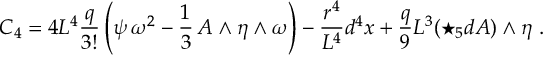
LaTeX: C _ { 4 } = 4 L ^ { 4 } \frac { q } { 3 ! } \left( \psi \, \omega ^ { 2 } - \frac { 1 } { 3 } \, A \wedge \eta \wedge \omega \right) - \frac { r ^ { 4 } } { L ^ { 4 } } d ^ { 4 } x + \frac { q } { 9 } L ^ { 3 } ( \star _ { 5 } d A ) \wedge \eta \ .